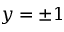
y = \pm 1